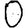
Digit: 0